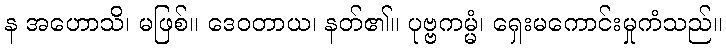
န အဟောသိ၊ မဖြစ်။ ဒေဝတာယ၊ နတ်၏။ ပုဗ္ဗကမ္မံ၊ ရှေးမကောင်းမှုကံသည်။